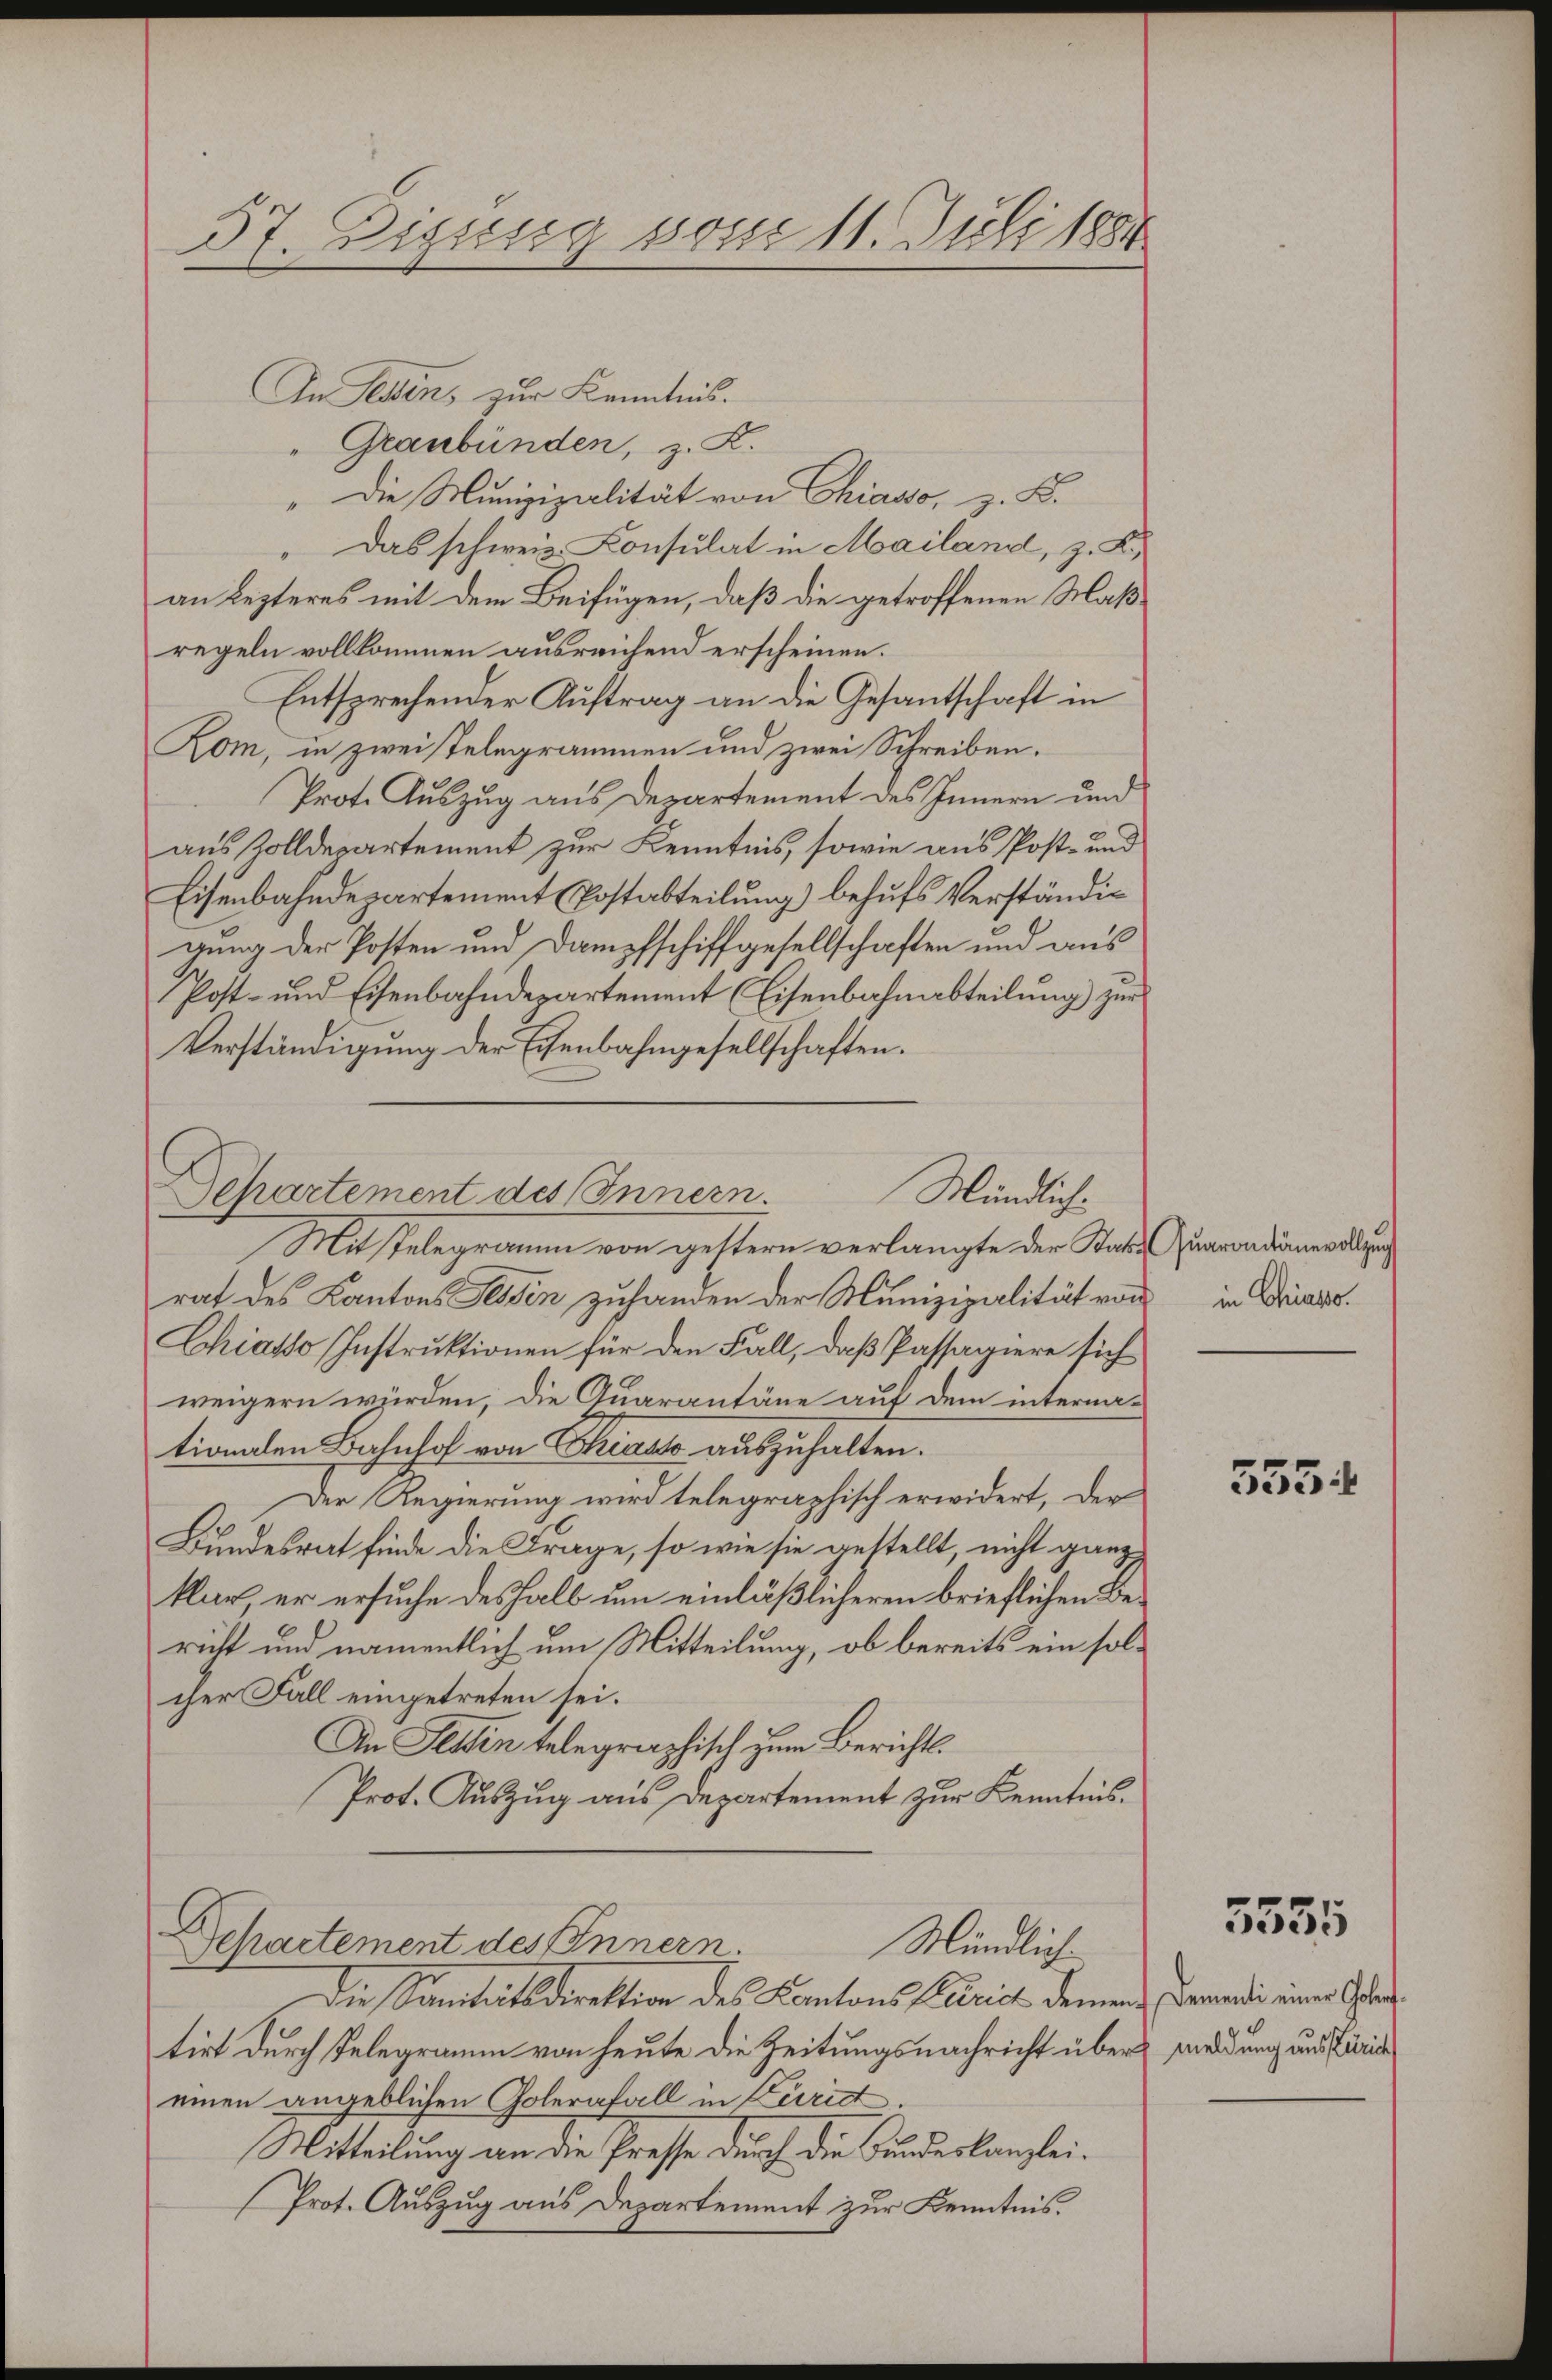
57. Diesig vom 11. Juli 1884

In Tessin, zur Kenntnis.
Graubünden, z. K.
" die Munizipalität von Chiasso, z. B.
" Das schweiz. Konsulat in Mailand, z. K.
an Lezteres mit dem Beifügen, daß die getroffenen Maßregeln vollkommen ausreichend erscheinen.
Entsprechender Auftrag an die Gesantschaft in
Kom, in zweistelegrammen und zwei Schreiben.
Prot. Auszug aus Departement des Innern und
aus Rolldepartement zur Kenntnis, sowie aus Post- und
Eisenbahndepartement Postabteilung behufs Verständig
gung der Posten und Dampfschiffgesellschaften und aus
Post- und Eisenbahndepartement (Eisenbahnabteilung zur
Verständigung der Eisenbahngesellschaften.
Departement des Innern.
Mündlich¬
Mit Telegramm von geltern verlangte der Statt Quarandamnewaltung
rat des Kantons Tessin zuhanden der Munizipalität von in Brises.
Chiasso Instruktionen für den Fall, daß Passagiere sich
weigern würden, die Quarantäne auf dem interna-
tionalen Bahnhof von Chiast auszuhalten.
Der Regierung wird telegraphisch erwidert, der
Bundesrat finde die Frage, so wie sie gestellt, nicht ganz
klar, er ersuche deshalb um einläßlicheren brieflichen Bericht und namentlich um Mitteilung, ob bereits ein solcher Fall eingetreten sei.
An Festen telegraphisch zum Berichts¬
Prot. Auszug aus Departement zur Kenntnis.

Departement des Innern
Mündlich

Die Sanitätsdirektion des Kantons Palerich denen Brandi einer Glarus
tirt durch Telegramm von heute die Zeitungsnachricht über meldung aus Zürich
einen angeblichen Golernfall in Curid
Mitteilung an die Presse durch die Bundeskanzlei¬
Prot. Auszug aus Departement zur Kenntnis.

555.

5555